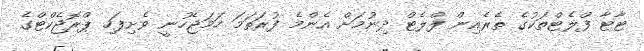
ޓާޓާ ފްލެޓްތަކުގެ ތެރެއިން ފްލެޓް ދިނުމަށް އެންމެ ފުރަތަމަ ހަމަޖެހުނީ ވެށިފަހި ޕްރޮޖެކްޓްގެ